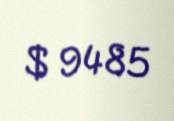
$ 9485